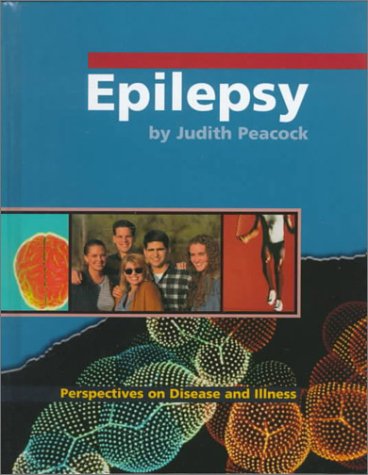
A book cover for Epilepsy (Perspectives on Disease and Illness); Retold by:; Health, Fitness & Dieting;